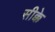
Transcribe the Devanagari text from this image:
सीक्के